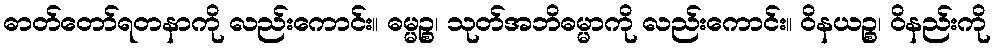
ဓာတ်တော်ရတနာကို လည်းကောင်း။ ဓမ္မဉ္စ၊ သုတ်အဘိဓမ္မာကို လည်းကောင်း။ ဝိနယဉ္စ၊ ဝိနည်းကို